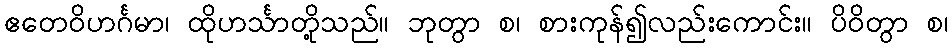
ဧတေဝိဟင်္ဂမာ၊ ထိုဟင်္သာတို့သည်။ ဘုတွာ စ၊ စားကုန်၍လည်းကောင်း။ ပိဝိတွာ စ၊